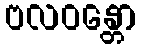
ဗလဝန္တော